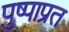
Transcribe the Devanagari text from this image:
पुष्पाप्रत